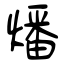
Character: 燔